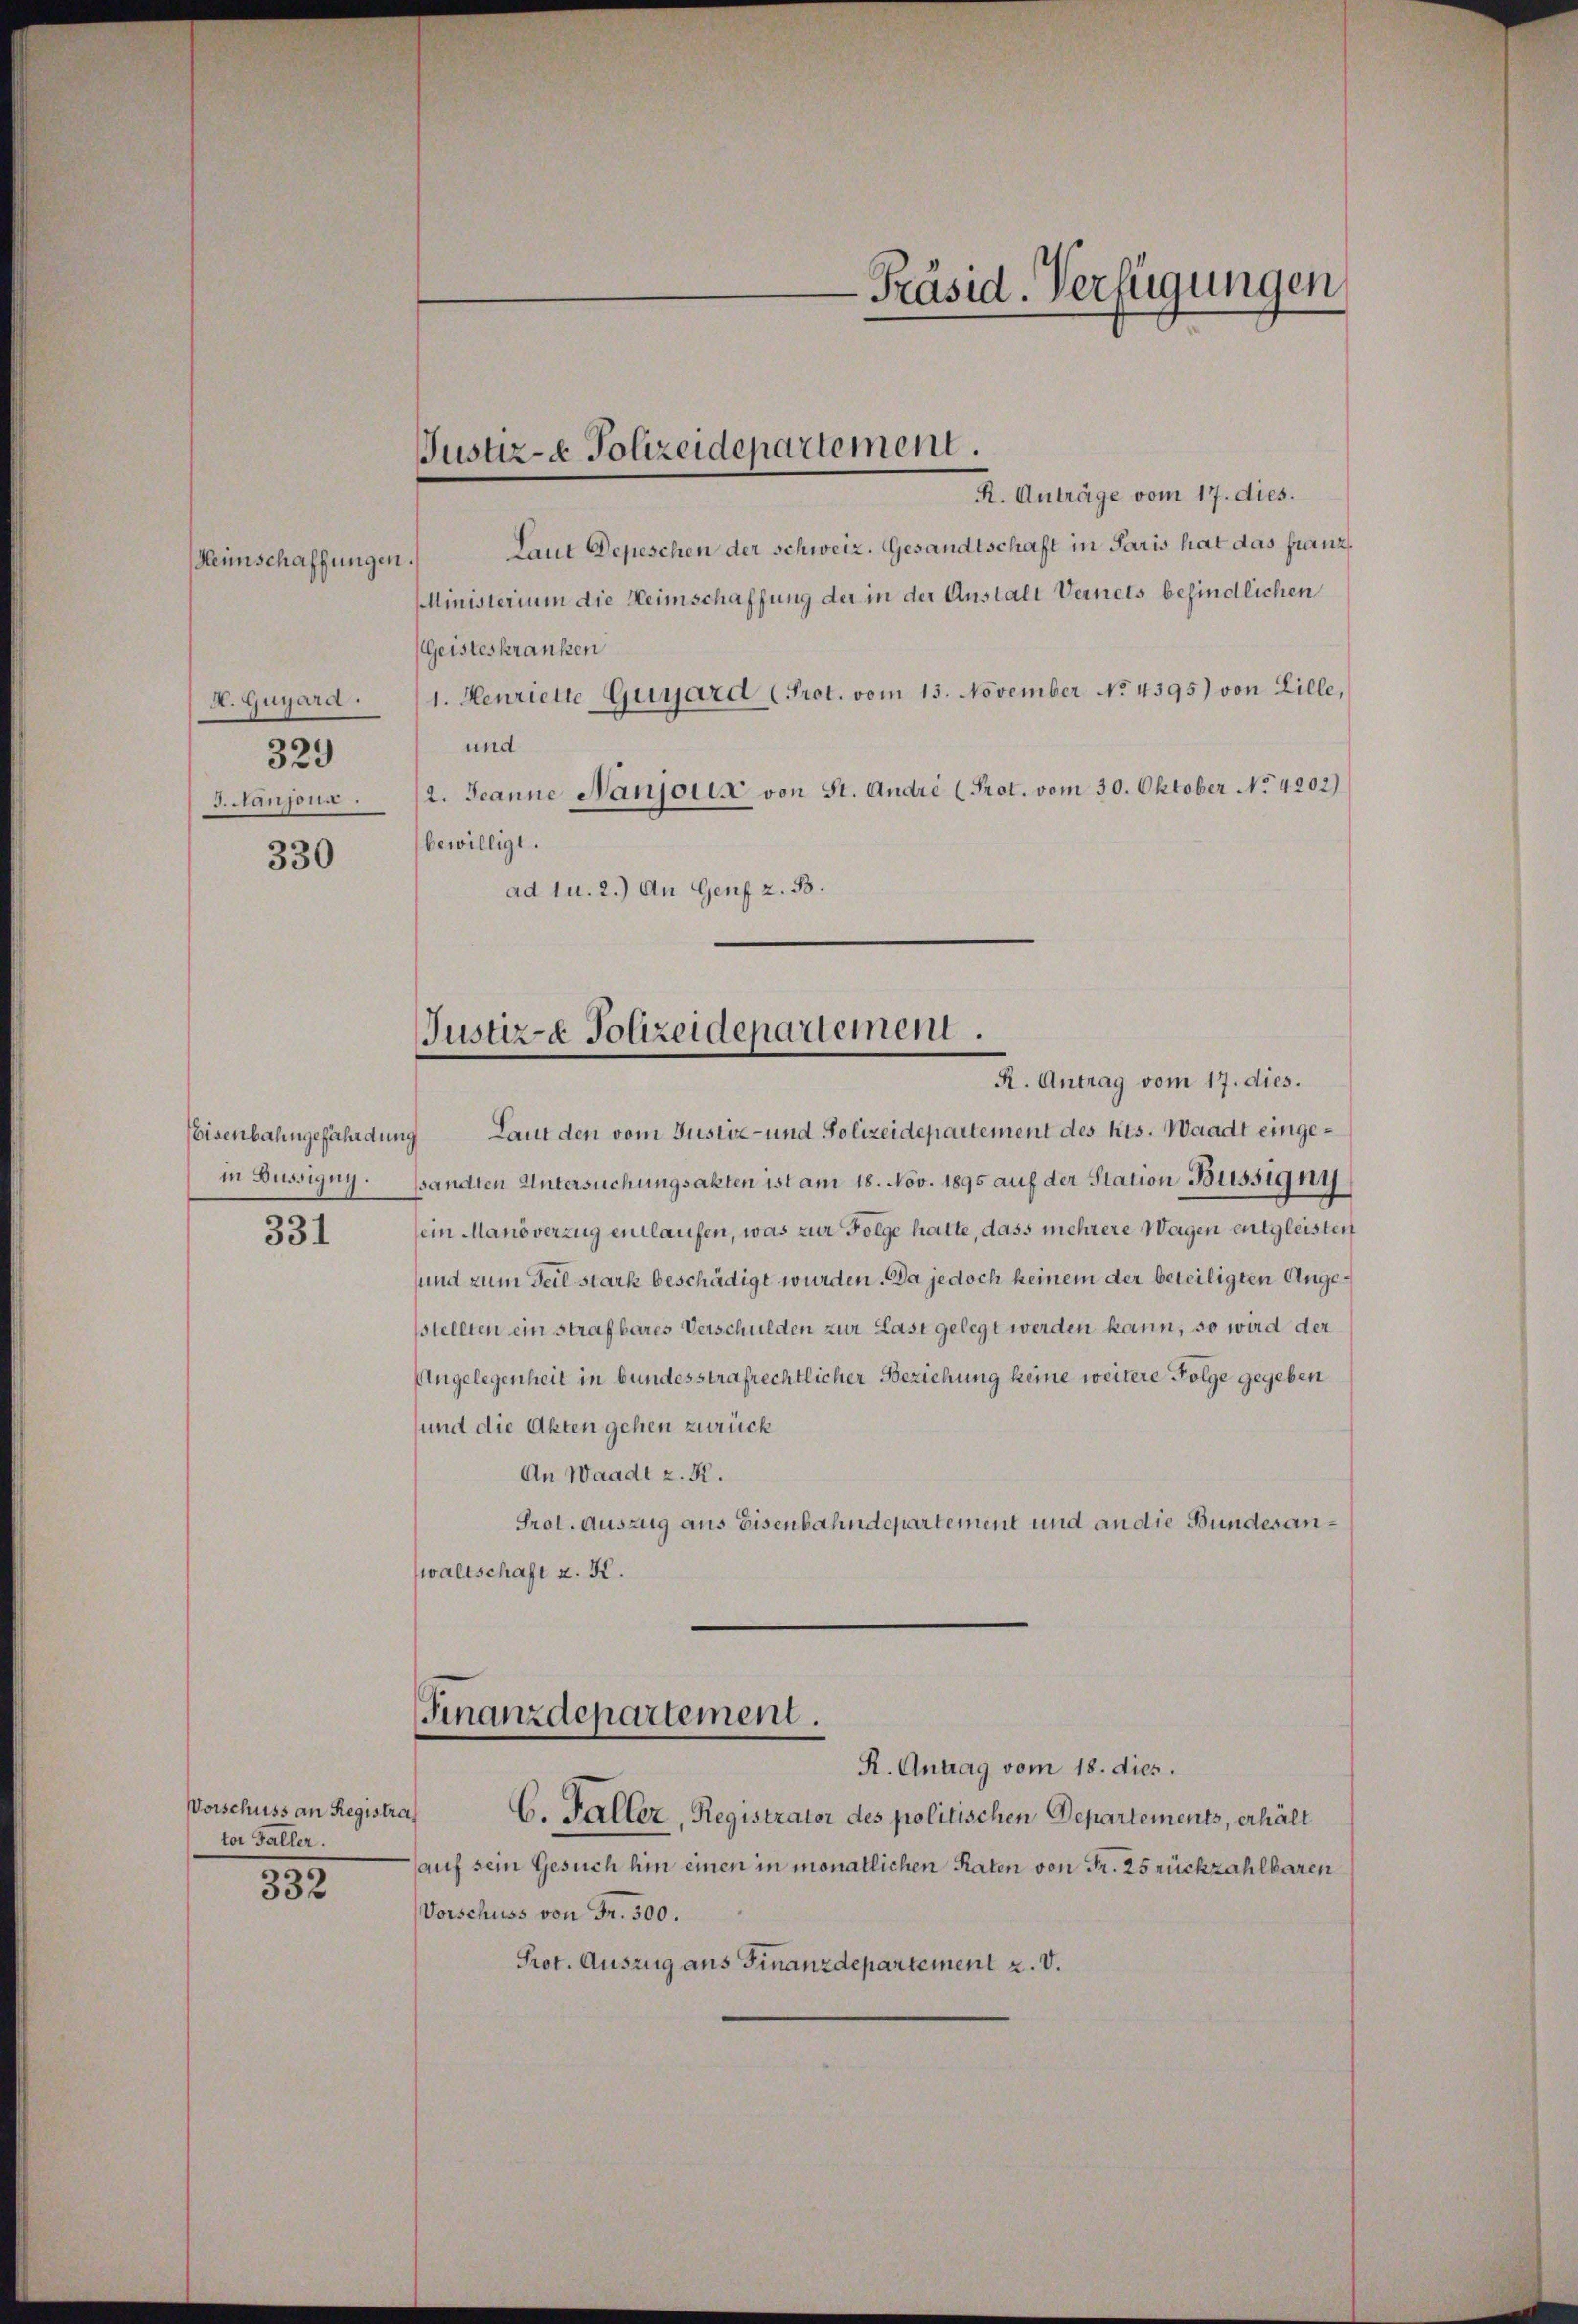
Heimschaffungen.
H. Gugard.
329
S. Manzona.

330

Eisenbahngefährdung
in Aussigny.

331

R. Anträge vom 17. dies.
Laut Depeschen der schweiz. Gesandtschaft in Paris hat das franz
MMmisterium die Heimschaffung der in der Anstalt Vernets befindlichen
Geisteskranken
1. Henriette Guyard (Prot. vom 13. November No. 4395) von Lille,
und
2. Jeanne Nanjouis von St. André (Prot. vom 30. Oktober No. 4202)
bewilligt.
ad u. 2.) An Genf z. B.

Vorschuss an Registraf
tor Galler.

332

Justiz- & Polizeidepartement.

Justiz- & Polizeidepartement

R. Antrag vom 17. dies.
Laut den vom Justiz- und Polizeidepartement des Kts. Waadt eingesandten Untersuchungsakten ist am 18. Nov. 1895 auf der Station Büssigni
sein Manöverzug entlaufen, was zur Folge hatte, dass mehrere Wagen entgleisten
und zum Teil stark beschädigt wurden. Da jedoch keinem der beteiligten Angestellten ein strafbares Verschulden zur Last gelegt werden kann, so wird der
Angelegenheit in bundesstrafrechtlicher Beziehung keine weitere Folge gegeben
und die Akten gehen zurück
An Waadt z. R.
Prol. Auszug aus Eisenbahndepartement und an die Bundesanwaltschaft z. K.
Finanzdepartement.
R. Antrag vom 18. dies.
C. Faller, Registrator des politischen Departements, erhält
auf sein Gesuch hin einen in monatlichen Raten von Fr. 25 rückzahlbaren
Vorschuss von Fr. 500.
Prot. Auszug aus Finanzdepartement u. V.

-Präsid. Verfügungen